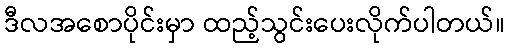
ဒီလအစောပိုင်းမှာ ထည့်သွင်းပေးလိုက်ပါတယ်။